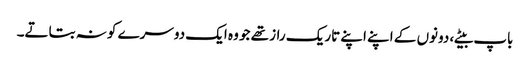
باپ بیٹے، دونوں کے اپنے اپنے تاریک راز تھے جو وہ ایک دوسرے کو نہ بتاتے۔